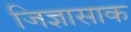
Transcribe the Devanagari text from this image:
जिज्ञासाक